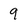
Character: 9